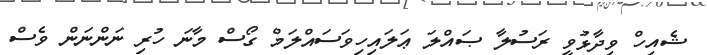
ޝެއިހް ވިދާޅުވީ ރަސުލާ ޞައްލަ ޢަލައިހިވަސައްލަމް ގޯސް މާނަ ހުރި ނަންނަން ވެސް